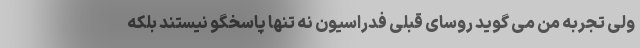
ولی تجربه من می گوید روسای قبلی فدراسیون نه تنها پاسخگو نیستند بلکه